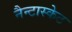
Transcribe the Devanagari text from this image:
नैन्टास्केट